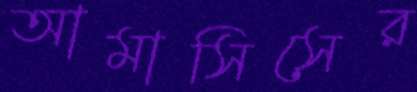
আমাসিসের